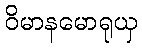
ဝိမာနမောရုယှ